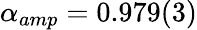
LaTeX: \alpha_{amp}=0.979(3)